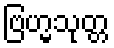
ဗြဟ္မသုတ္တ